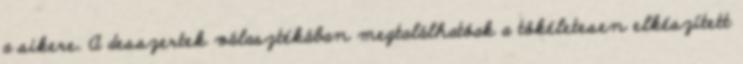
a sikere. A desszertek választékában megtalálhatóak a tökéletesen elkészített